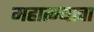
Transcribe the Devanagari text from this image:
महात्म्याचा